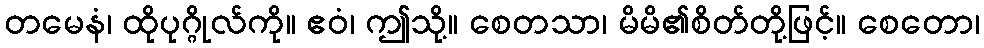
တမေနံ၊ ထိုပုဂ္ဂိုလ်ကို။ ဧဝံ၊ ဤသို့။ စေတသာ၊ မိမိ၏စိတ်တို့ဖြင့်။ စေတော၊